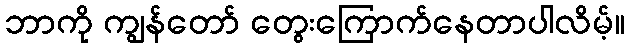
ဘာကို ကျွန်တော် တွေးကြောက်နေတာပါလိမ့်။